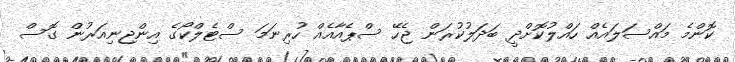
ކޮންމެ މައްސަލައެއް ހައްލުކޮށްދީ ބަދަލުކުރަން ޖެހޭ ސްޕެއާއެއް ހުރިނަމަ ސްޓެލްކޯގެ އިންޖިނިއަރުން ގޮސް